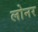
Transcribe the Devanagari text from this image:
लोनर